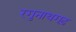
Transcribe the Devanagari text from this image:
रगुनाथगढ़